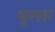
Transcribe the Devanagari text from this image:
भुल्ला